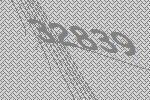
32839